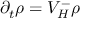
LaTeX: \partial _ { t } \rho = V _ { H } ^ { - } \rho